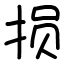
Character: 损